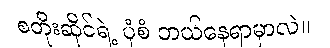
စတိုးဆိုင်ရဲ့ ပုံစံ ဘယ်နေရာမှာလဲ။